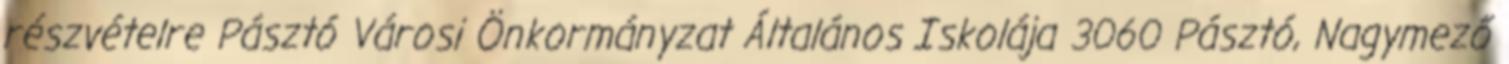
részvételre Pásztó Városi Önkormányzat Általános Iskolája 3060 Pásztó, Nagymező